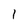
Character: I